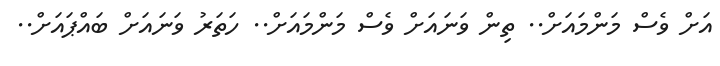
އަށް ވެސް މަންމައަށް.. ތިން ވަނައަށް ވެސް މަންމައަށް.. ހަތަރު ވަނައަށް ބައްޕައަށް..